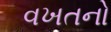
વખતનો